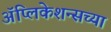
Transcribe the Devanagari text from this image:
ॲप्लिकेशन्सच्या